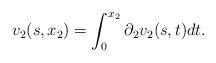
LaTeX: \begin{align*}v_2(s, x_2) = \int_0^{x_2} \partial_2 v_2(s, t) dt.\end{align*}